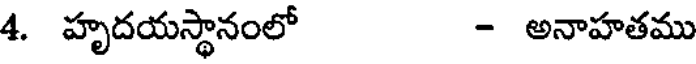
4. హృదయస్థానంలో - అనాహతము